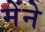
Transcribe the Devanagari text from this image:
मेंने